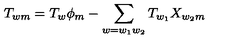
T _ { w m } = T _ { w } \phi _ { m } - \sum _ { w = w _ { 1 } w _ { 2 } } T _ { w _ { 1 } } X _ { w _ { 2 } m }